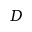
D